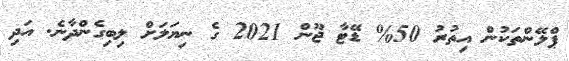
ޕްލޭންތަކުން އިތުރު 50% ޑޭޓާ ޖޫން 2021 ގެ ނިޔަލަށް ލިބިގެންދާނެ. އަދި